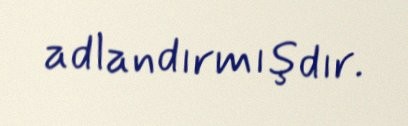
adlandırmışdır.